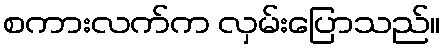
စကားလက်က လှမ်းပြောသည်။